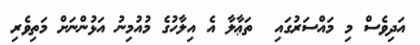
އަދިވެސް މި މައްސަރުގައި  ތަޢާލާ އެ އިލާހުގެ މުއުމިނު އަޅުންނަށް މަތިވެރި